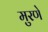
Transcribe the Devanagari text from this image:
मुरणे